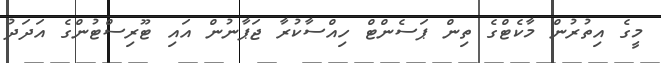
މީގެ އިތުރުން މާކެޓްގެ ތިން ޕަސެންޓް ހިއްސާކުރާ ޖަޕާނުން އައި ޓޫރިސްޓުންގެ އަދަދު